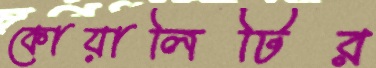
কোয়ালিটির